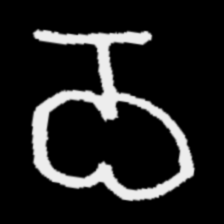
Pyu character \u2014 Myanmar letter: ဝ (romanized: wa)